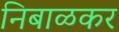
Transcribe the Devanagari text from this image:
निबाळकर